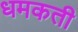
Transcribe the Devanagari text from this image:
धमकती